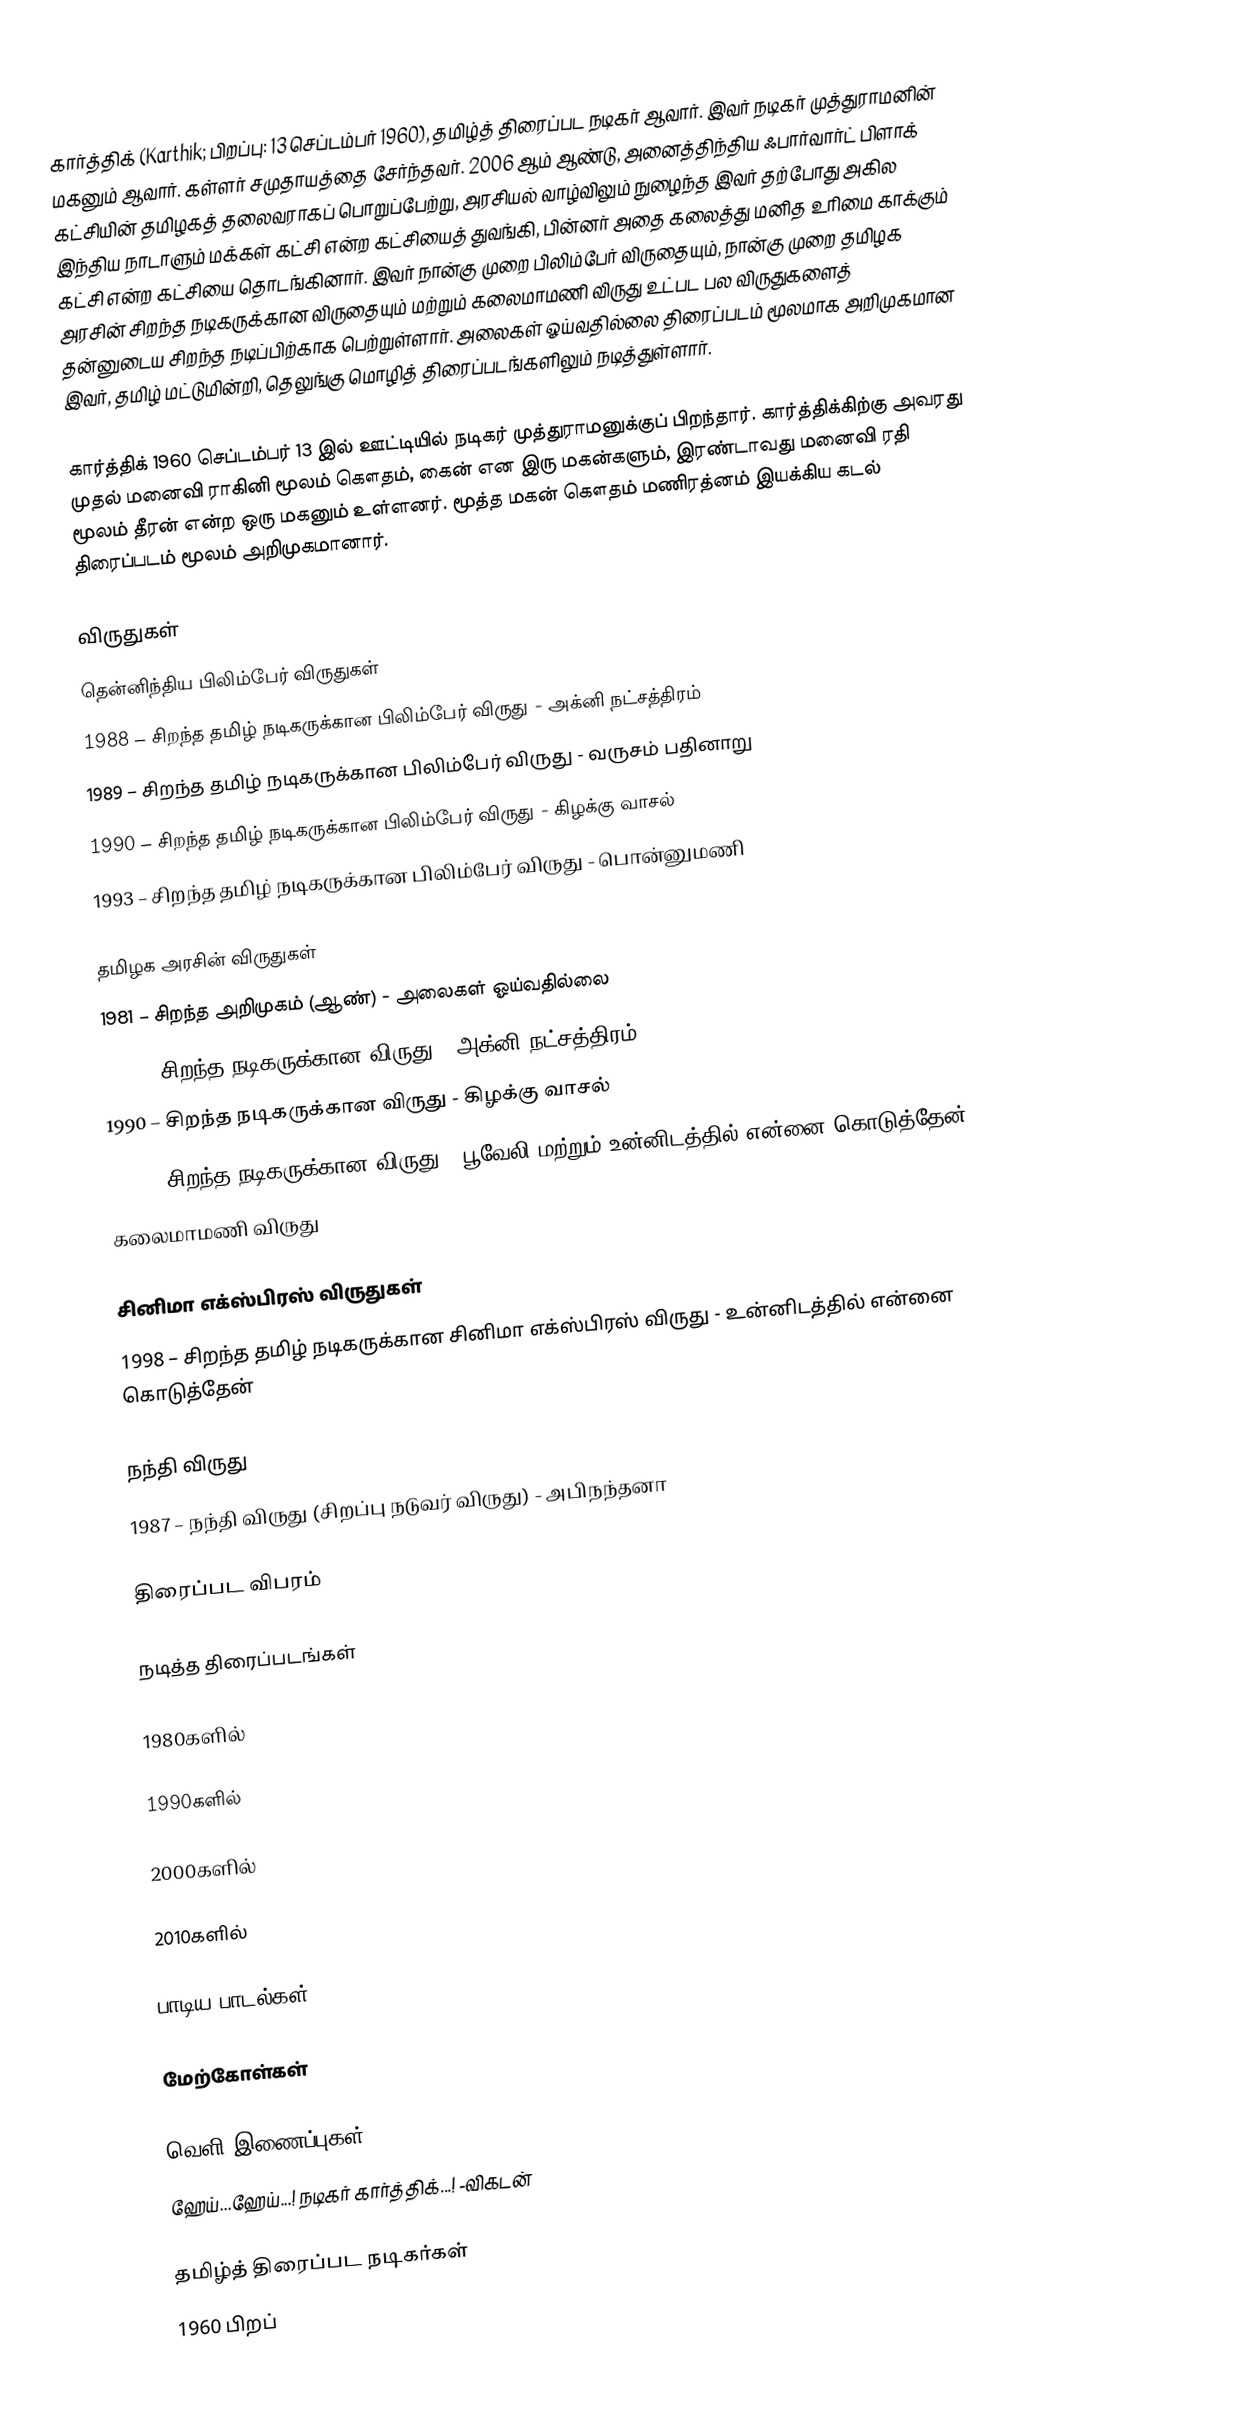
கார்த்திக் (Karthik; பிறப்பு: 13 செப்டம்பர் 1960), தமிழ்த் திரைப்பட நடிகர் ஆவார். இவர் நடிகர் முத்துராமனின் மகனும் ஆவார். கள்ளர் சமுதாயத்தை சேர்ந்தவர். 2006 ஆம் ஆண்டு, அனைத்திந்திய ஃபார்வார்ட் பிளாக் கட்சியின் தமிழகத் தலைவராகப் பொறுப்பேற்று, அரசியல் வாழ்விலும் நுழைந்த இவர் தற்போது அகில இந்திய நாடாளும் மக்கள் கட்சி என்ற கட்சியைத் துவங்கி, பின்னர் அதை கலைத்து மனித உரிமை காக்கும் கட்சி என்ற கட்சியை  தொடங்கினார். இவர் நான்கு முறை பிலிம்பேர் விருதையும், நான்கு முறை தமிழக அரசின் சிறந்த நடிகருக்கான விருதையும் மற்றும் கலைமாமணி விருது உட்பட பல விருதுகளைத் தன்னுடைய சிறந்த நடிப்பிற்காக பெற்றுள்ளார். அலைகள் ஓய்வதில்லை திரைப்படம் மூலமாக அறிமுகமான இவர், தமிழ் மட்டுமின்றி, தெலுங்கு மொழித் திரைப்படங்களிலும் நடித்துள்ளார்.

கார்த்திக் 1960 செப்டம்பர் 13 இல் ஊட்டியில் நடிகர் முத்துராமனுக்குப் பிறந்தார். கார்த்திக்கிற்கு அவரது முதல் மனைவி ராகினி மூலம் கௌதம், கைன் என இரு மகன்களும், இரண்டாவது மனைவி ரதி மூலம் தீரன் என்ற ஒரு மகனும் உள்ளனர். மூத்த மகன் கௌதம் மணிரத்னம் இயக்கிய கடல் திரைப்படம் மூலம் அறிமுகமானார்.

விருதுகள்
 தென்னிந்திய பிலிம்பேர் விருதுகள்
 1988 – சிறந்த தமிழ் நடிகருக்கான பிலிம்பேர் விருது - அக்னி நட்சத்திரம்
 1989 – சிறந்த தமிழ் நடிகருக்கான பிலிம்பேர் விருது - வருசம் பதினாறு
 1990 – சிறந்த தமிழ் நடிகருக்கான பிலிம்பேர் விருது - கிழக்கு வாசல்
 1993 – சிறந்த தமிழ் நடிகருக்கான பிலிம்பேர் விருது - பொன்னுமணி

தமிழக அரசின் விருதுகள்
 1981 – சிறந்த அறிமுகம் (ஆண்) - அலைகள் ஓய்வதில்லை
 1988 – சிறந்த நடிகருக்கான விருது - அக்னி நட்சத்திரம்
 1990 – சிறந்த நடிகருக்கான விருது - கிழக்கு வாசல்
 1998 – சிறந்த நடிகருக்கான விருது - பூவேலி மற்றும் உன்னிடத்தில் என்னை கொடுத்தேன்
 கலைமாமணி விருது

சினிமா எக்ஸ்பிரஸ் விருதுகள்
 1998 –  சிறந்த தமிழ் நடிகருக்கான சினிமா எக்ஸ்பிரஸ் விருது - உன்னிடத்தில் என்னை கொடுத்தேன்

நந்தி விருது
 1987 – நந்தி விருது (சிறப்பு நடுவர் விருது) - அபிநந்தனா

திரைப்பட விபரம்

நடித்த திரைப்படங்கள்

1980களில்

1990களில்

2000களில்

2010களில்

பாடிய பாடல்கள்

மேற்கோள்கள்

வெளி இணைப்புகள்
 ஹேய்...ஹேய்...! நடிகர் கார்த்திக்...! -விகடன்

தமிழ்த் திரைப்பட நடிகர்கள்
1960 பிறப்